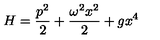
H = \frac { p ^ { 2 } } { 2 } + \frac { \omega ^ { 2 } x ^ { 2 } } { 2 } + g x ^ { 4 }